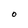
Character: O